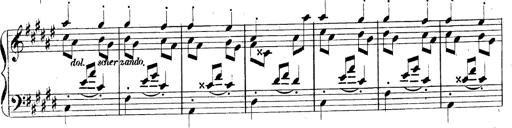
Title: 3 Caprices-Valses
Composer: Franz Liszt